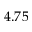
4 . 7 5